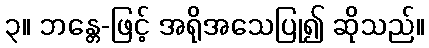
၃။ ဘန္တေ-ဖြင့် အရိုအသေပြု၍ ဆိုသည်။